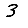
Digit: 3